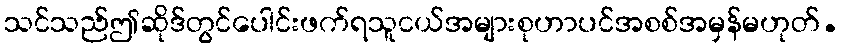
သင်သည်ဤဆိုဒ်တွင်ပေါင်းဖက်ရသူငယ်အများစုဟာပင်အစစ်အမှန်မဟုတ်.